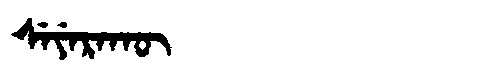
Manchu: ᠰᡝᠶᡝᡵᠠᡴᡡ
Romanization: SEYERAKŪ